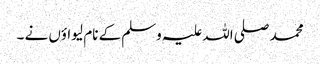
محمد صلی اللہ علیہ وسلم کے نام لیواؤں نے ۔